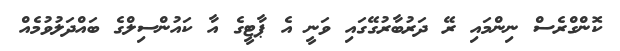
ކޮންގްރެސް ނިންމައި ރޭ ދަރުބާރުގޭގައި ވަނީ އެ ޕާޓީގެ އާ ކައުންސިލްގެ ބައްދަލުވުމެއް